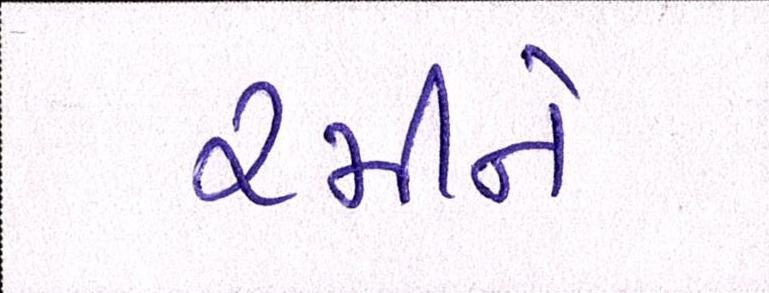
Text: રમીને